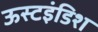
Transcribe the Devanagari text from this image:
ऊस्टइंडिश